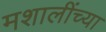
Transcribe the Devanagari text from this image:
मशालींच्या